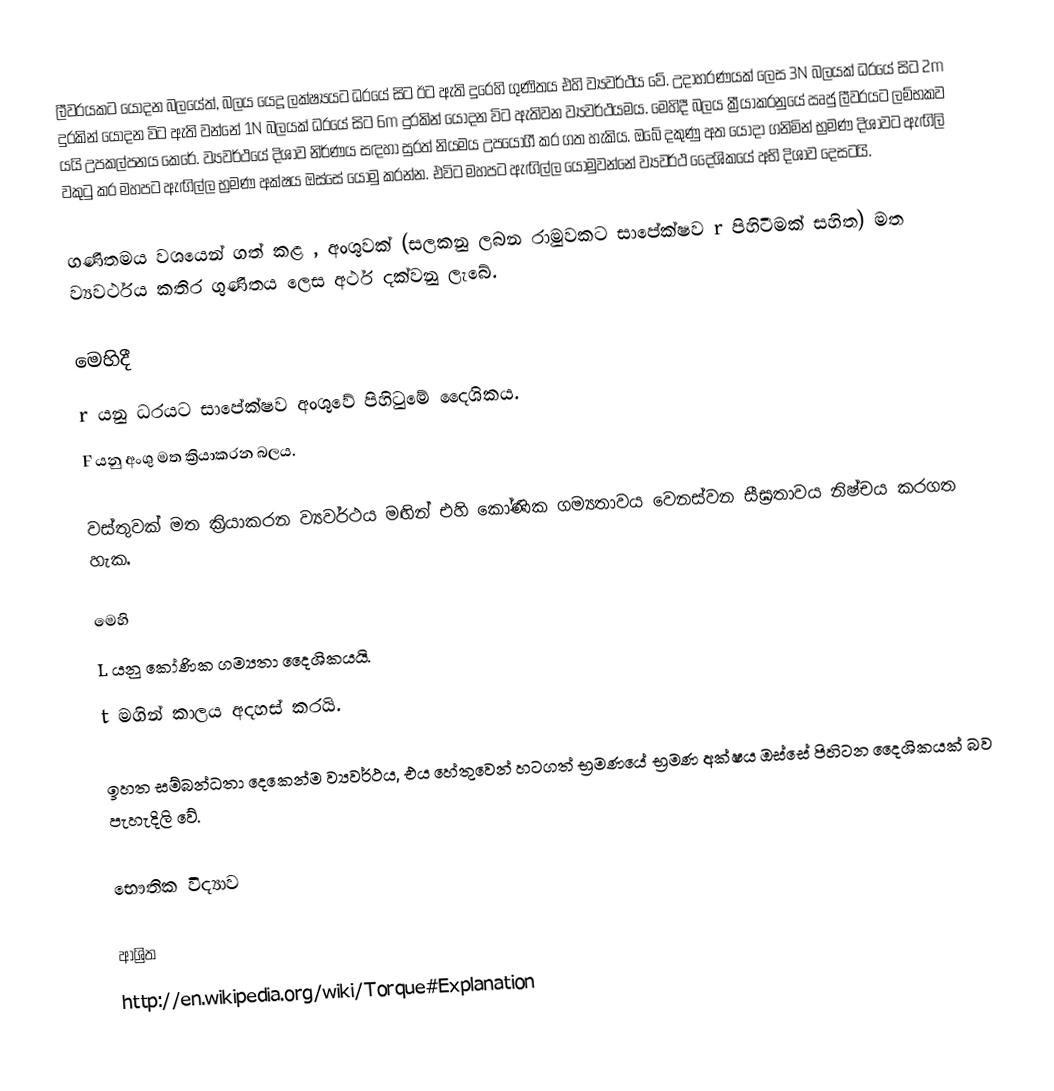
ලීවරයකට යොදන බලයේත්, බලය යෙදූ ලක්ෂ්‍යයට ධරයේ සිට ඊට ඇති දුරෙහි ගුණිතය එහි ව්‍යවර්ථය වේ. උදාහරණයක් ලෙස 3N බලයක් ධරයේ සිට 2m දුරකින් යොදන විට ඇති වන්නේ 1N බලයක් ධරයේ සිට  6m දුරකින් යොදන විට ඇතිවන ව්‍යවර්ථයමය. මෙහිදී බලය ක්‍රීයාකරනුයේ ඍජු ලීවරයට ලම්භකව යයි උපකල්පනය කෙරේ. ව්‍යවර්ථයේ දිශාව නිර්ණය සඳහා සුරත් නියමය උපයෝගී කර ගත හැකිය. ඔබේ දකුණු අත යොදා ගනිමින් භ්‍රමණ දිශාවට ඇඟිලි වකුටු කර මහපට ඇඟිල්ල භ්‍රමණ අක්ෂය ඔස්සේ යොමු කරන්න. එවිට මහපට ඇඟිල්ල යොමුවන්නේ ව්‍යවර්ථ දෛශිකයේ අභි දිශාව දෙසටයි.

ගණිතමය වශයෙන් ගත් කළ , අංශුවක් (සලකනු ලබන රාමුවකට සාපේක්ෂව r පිහිටීමක් සහිත) මත ව්‍යවර්ථය කතිර ගුණිතය ලෙස අර්ථ දක්වනු ලැබේ.

මෙහිදී
r යනු ධරයට සාපේක්ෂව අංශුවේ පිහිටුමේ දෛශිකය.
F යනු අංශු මත ක්‍රියාකරන බලය.

වස්තුවක් මත ක්‍රියාකරන ව්‍යවර්ථය මඟින් එහි කෝණික ගම්‍යතාවය වෙනස්වන සීඝ්‍රතාවය නිෂ්චය කරගත හැක.

මෙහි
L යනු කෝණික ගම්‍යතා දෛශිකයයි.
t මගින් කාලය අදහස් කරයි.

ඉහත සම්බන්ධතා දෙකෙන්ම ව්‍යවර්ථය, එය හේතුවෙන් හටගත්  භ්‍රමණයේ භ්‍රමණ අක්ෂය ඔස්සේ පිහිටන දෛශිකයක් බව පැහැදිලි වේ.

භෞතික විද්‍යාව

ආශ්‍රිත
http://en.wikipedia.org/wiki/Torque#Explanation